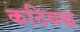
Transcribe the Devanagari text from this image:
कठिबद्ध